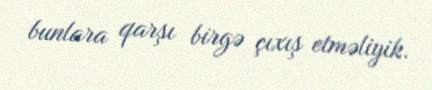
bunlara qarşı birgə çıxış etməliyik.